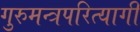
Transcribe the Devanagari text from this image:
गुरुमन्त्रपरित्यागी